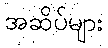
အဆိပ်များ